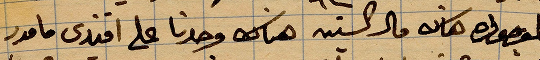
المنصورة هذه ...هناك وحدنا على افندي مامور